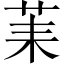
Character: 䒹